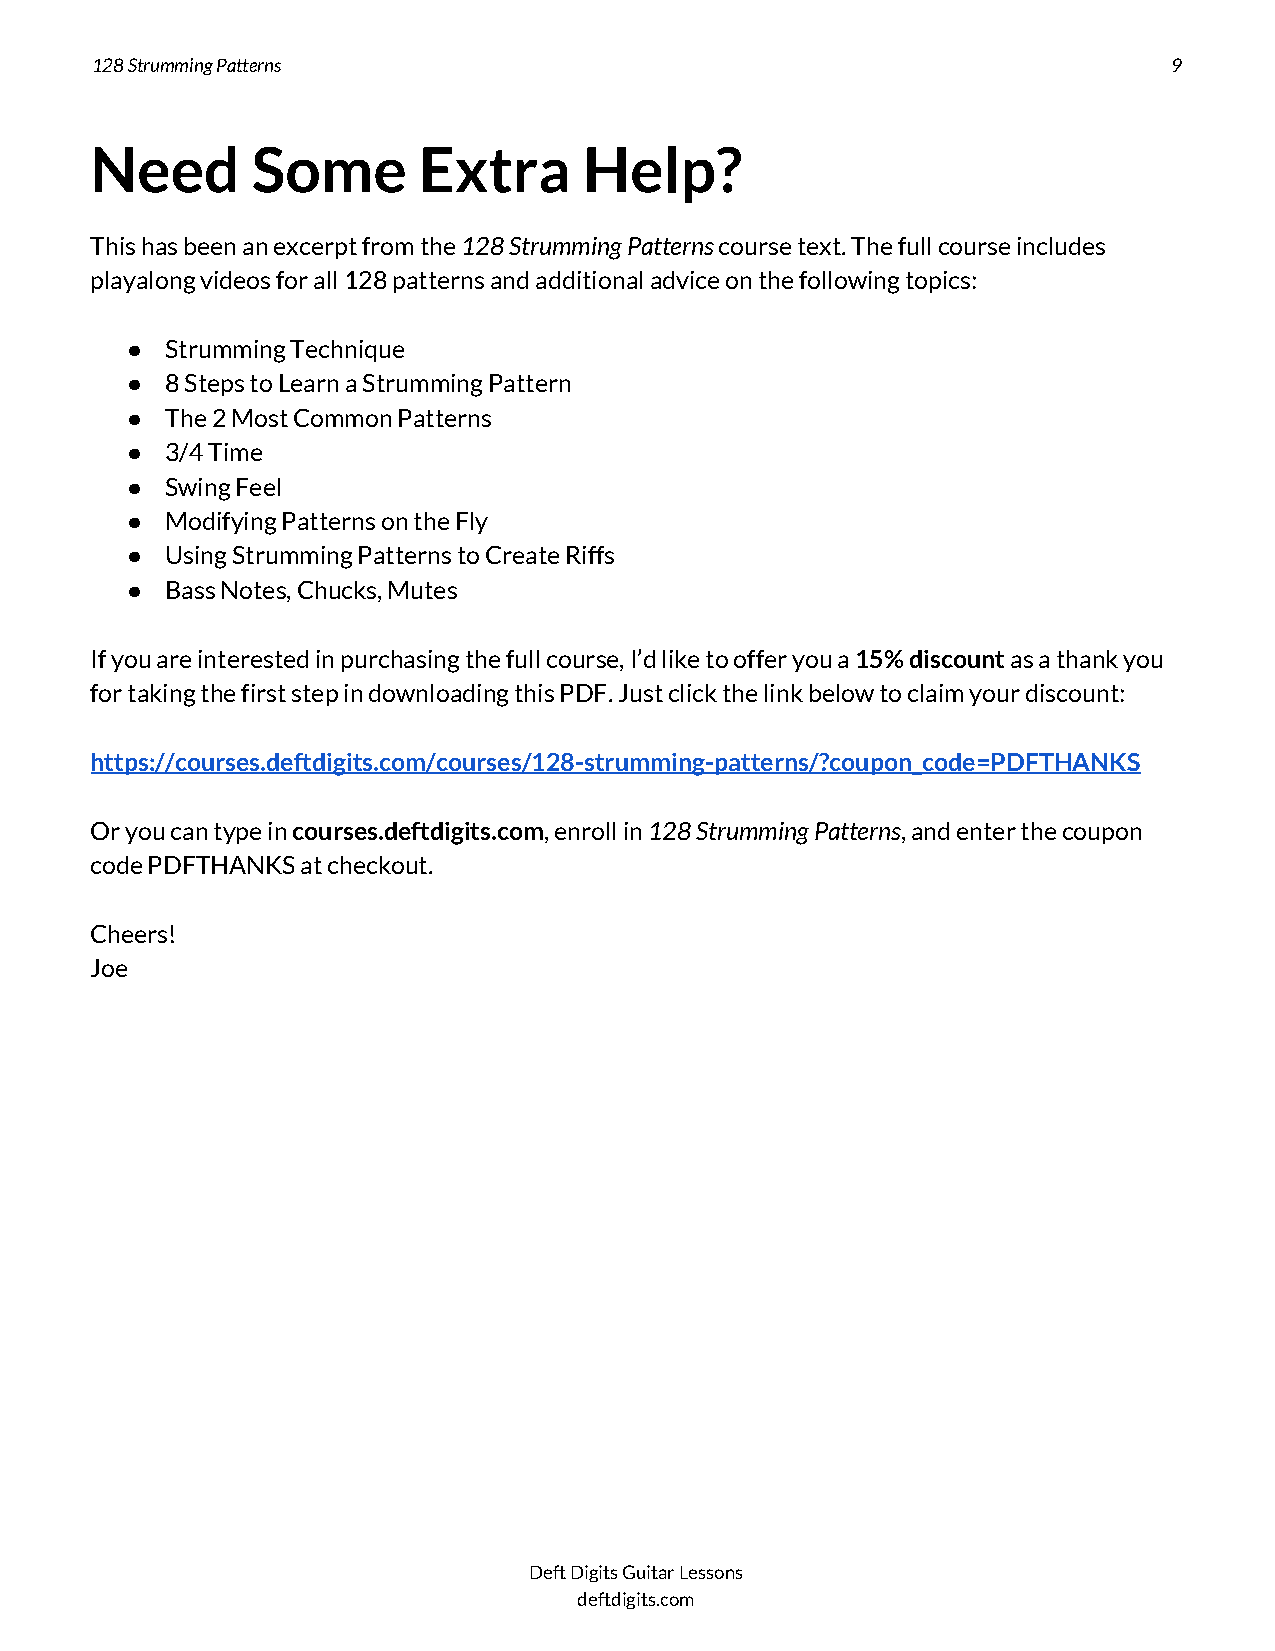
128 Strumming Patterns                                                  9
 Need       Some       Extra      Help?
 This has been an excerpt from the 128 Strumming Patterns course text. The full course includes
 ​                ​
 playalong videos for all 128 patterns and additional advice on the following topics:
 ●  Strumming Technique
 ●  8 Steps to Learn a Strumming Pattern
 ●  The 2 Most Common Patterns
 ●  3/4 Time
 ●  Swing Feel
 ●  Modifying Patterns on the Fly
 ●  Using Strumming Patterns to Create Riffs
 ●  Bass Notes, Chucks, Mutes
 If you are interested in purchasing the full course, I’d like to offer you a 15% discount as a thank you
 ​         ​
 for taking the first step in downloading this PDF. Just click the link below to claim your discount:
 https://courses.deftdigits.com/courses/128-strumming-patterns/?coupon_code=PDFTHANKS
 Or you can type in courses.deftdigits.com, enroll in 128 Strumming Patterns, and enter the coupon
 ​                ​      ​               ​
 code PDFTHANKS at checkout.
 Cheers!
 Joe
 Deft Digits Guitar Lessons
 deftdigits.com